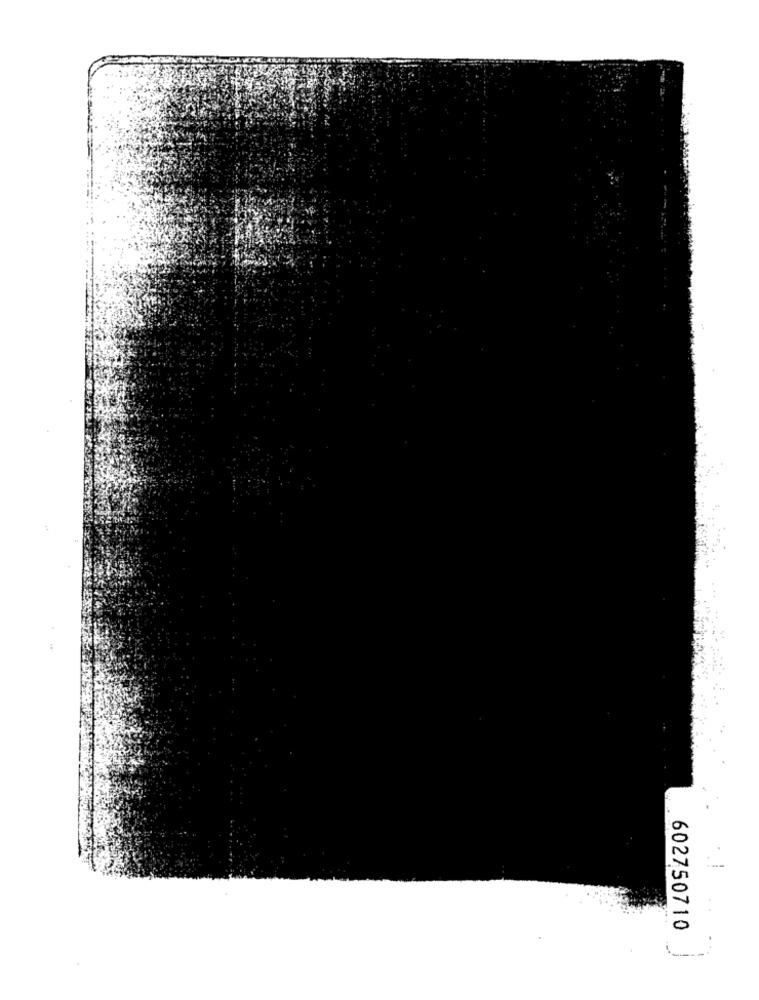
602750710